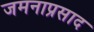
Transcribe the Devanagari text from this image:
जमनाप्रसाद